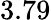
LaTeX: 3.79